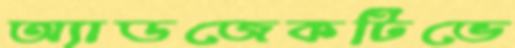
অ্যাডজেকটিভে